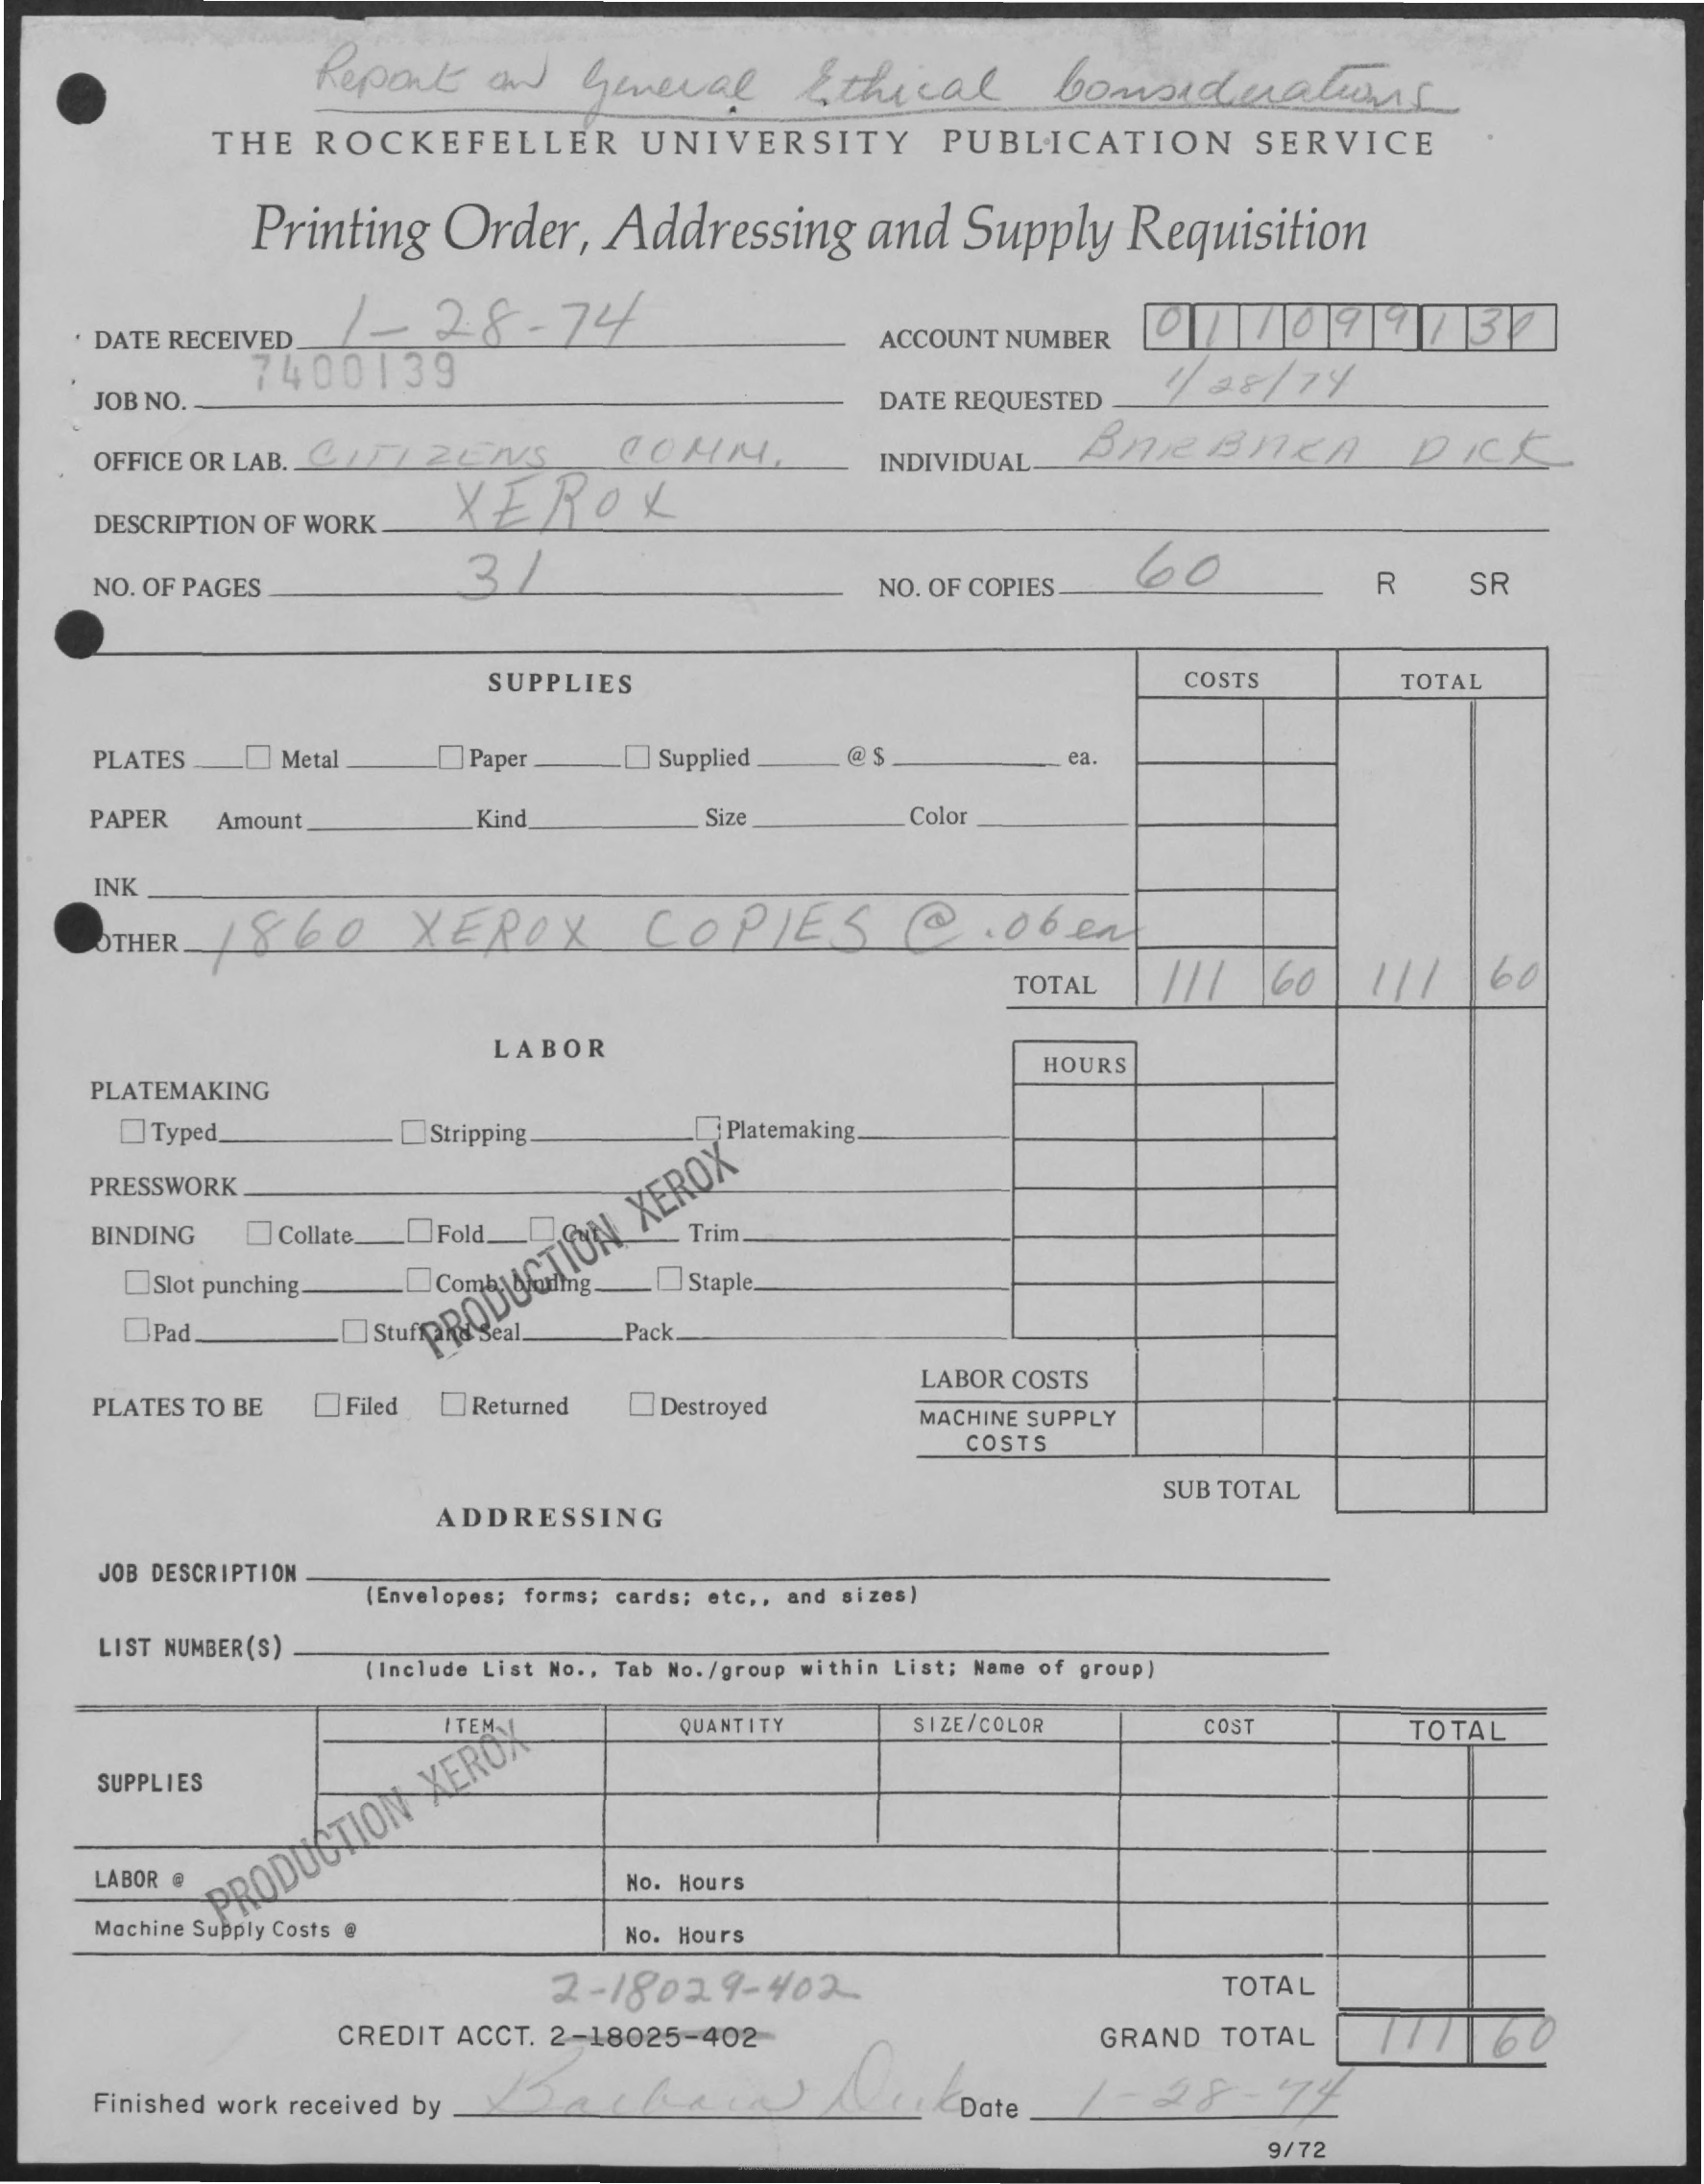
Report    on    General    Ethical    Considerations
     THE    ROCKEFELLER    UNIVERSITY    PUBLICATION    SERVICE
     Printing    Order,    Addressing    and    Supply    Requisition
     1-28.74
     ·   DATE    RECEIVED
     7400139
     ACCOUNT    NUMBER
     JOB    NO.    DATE    REQUESTED
     1/28/74
     OFFICE    OR    LAB.    CALZAS    COHN    BnieBneA    DICK
     XEROX
     INDIVIDUAL
     DESCRIPTION    OF    WORK
     NO.    OF    PAGES
     3/    60
     NO.    OF    COPIES    R    SR
     SUPPLIES    COSTS    TOTAL
     PLATES    __    Metal    Paper    Supplied    @$    ca.
     PAPER    Amount    Kind    Size    Color
     INK
     OTHER    8    60    XEROX    COPIES    @.    06    en
     TOTAL    111    60    111    60)
     LABOR
     PLATEMAKING
     HOURS
     Typed_    Stripping    ; Platemaking.
     PRESSWORK
     BINDING    Collate.    OFold_    Trim.
     Slot    punching.    E    Comlas    __    Staple.
     Pad.
     LISIMAPRODUCTION
     XEROX
     Seal    Pack.
     LABOR    COSTS
     PLATES    TO    BE    Filed    Returned    Destroyed    MACHINE    SUPPLY
     COSTS
     ADDRESSING
     SUB    TOTAL
     JOB    DESCRIPTION
     (Envelopes;    forms;    cards;    etc    .,    and    sizes)
     LIST    NUMBER    (S)
     (Include    List    No    .,    Tab    No.    /group    within    List;    Name    of    group)
     QUANTITY    SIZE/COLOR    COST    TOTAL
     SUPPLIES
     LABOR    @
     PRODUCTION
     XEROX
     No.    Hours
     Machine    Supply    Costs    @    No.    Hours
     2-18029-402    TOTAL
     CREDIT    ACCT.    2-18025-402-    GRAND    TOTAL    777|60
     Finished    work    received    by    1-28-72
     9/72
     Source: https://www.industrydocuments.ucsf.edu/docs/xrcy0227